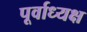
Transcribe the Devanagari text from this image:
पूर्वाध्यक्ष